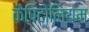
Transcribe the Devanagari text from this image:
कैपिटोलियम